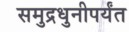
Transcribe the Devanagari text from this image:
समुद्रधुनीपर्यंत